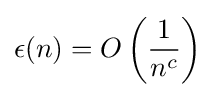
\epsilon (n)=O\left({\frac {1}{n^{c}}}\right)